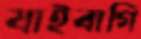
যাইবাগি